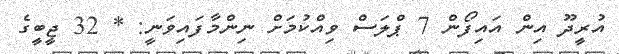
އުރީދޫ އިން އައިފޯން 7 ޕްލަސް ވިއްކުމަށް ނިންމާފައިވަނީ: * 32 ޖީބީގެ